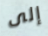
إلى